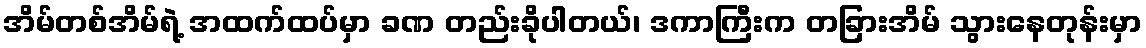
အိမ်တစ်အိမ်ရဲ့ အထက်ထပ်မှာ ခဏ တည်းခိုပါတယ်၊ ဒကာကြီးက တခြားအိမ် သွားနေတုန်းမှာ